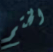
الختم